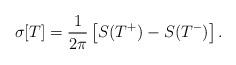
LaTeX: \begin{align*}\sigma[T]={1\over2\pi}\left[S(T^+)-S(T^-)\right].\end{align*}